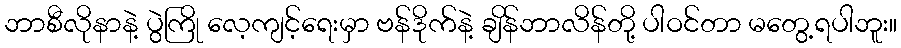
ဘာစီလိုနာနဲ့ ပွဲကြို လေ့ကျင့်ရေးမှာ ဗန်ဒိုက်နဲ့ ချိန်ဘာလိန်တို့ ပါဝင်တာ မတွေ့ရပါဘူး။